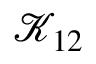
\mathcal { K } _ { 1 2 }